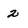
Character: 2